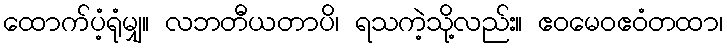
ထောက်ပံ့ရုံမျှ။ လဘတီယတာပိ၊ ရသကဲ့သို့လည်း။ ဧဝမေဝဧဝံတထာ၊